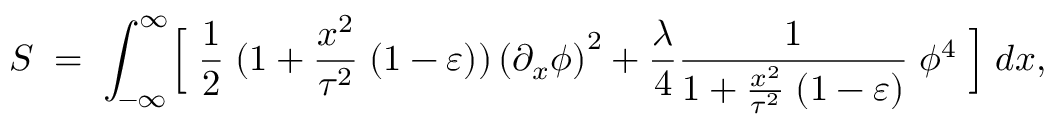
S \; = \; \int _ { - \infty } ^ { \infty } \Bigl [ \; { \frac { 1 } { 2 } } \; ( 1 + { \frac { x ^ { 2 } } { \tau ^ { 2 } } } \; ( 1 - \varepsilon ) ) \left( { \partial _ { x } \phi } \right) ^ { 2 } + { \frac { \lambda } { 4 } } { \frac { 1 } { 1 + { \frac { x ^ { 2 } } { \tau ^ { 2 } } } \; ( 1 - \varepsilon ) } } \; \phi ^ { 4 } \; \Bigr ] \; d x ,